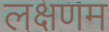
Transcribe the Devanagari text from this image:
लक्षणम